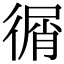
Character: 㣯